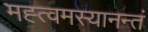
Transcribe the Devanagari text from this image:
मह्त्वमस्यानन्तं